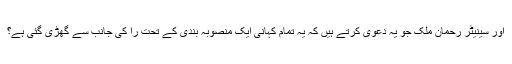
اور سینیٹر رحمان ملک جو یہ دعویٰ کرتے ہیں کہ یہ تمام کہانی ایک منصوبہ بندی کے تحت را کی جانب سے گھڑی گئی ہے؟